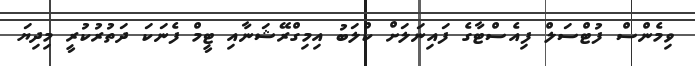
ވިމެންސް ފުޓްސަލް ފިއެސްޓާގެ ފައިނަލަށް ކްލަބު އިމިގްރޭޝަނާއި ޓީމް ފެނަކަ ދަތުރުކުރީ މިދިޔަ